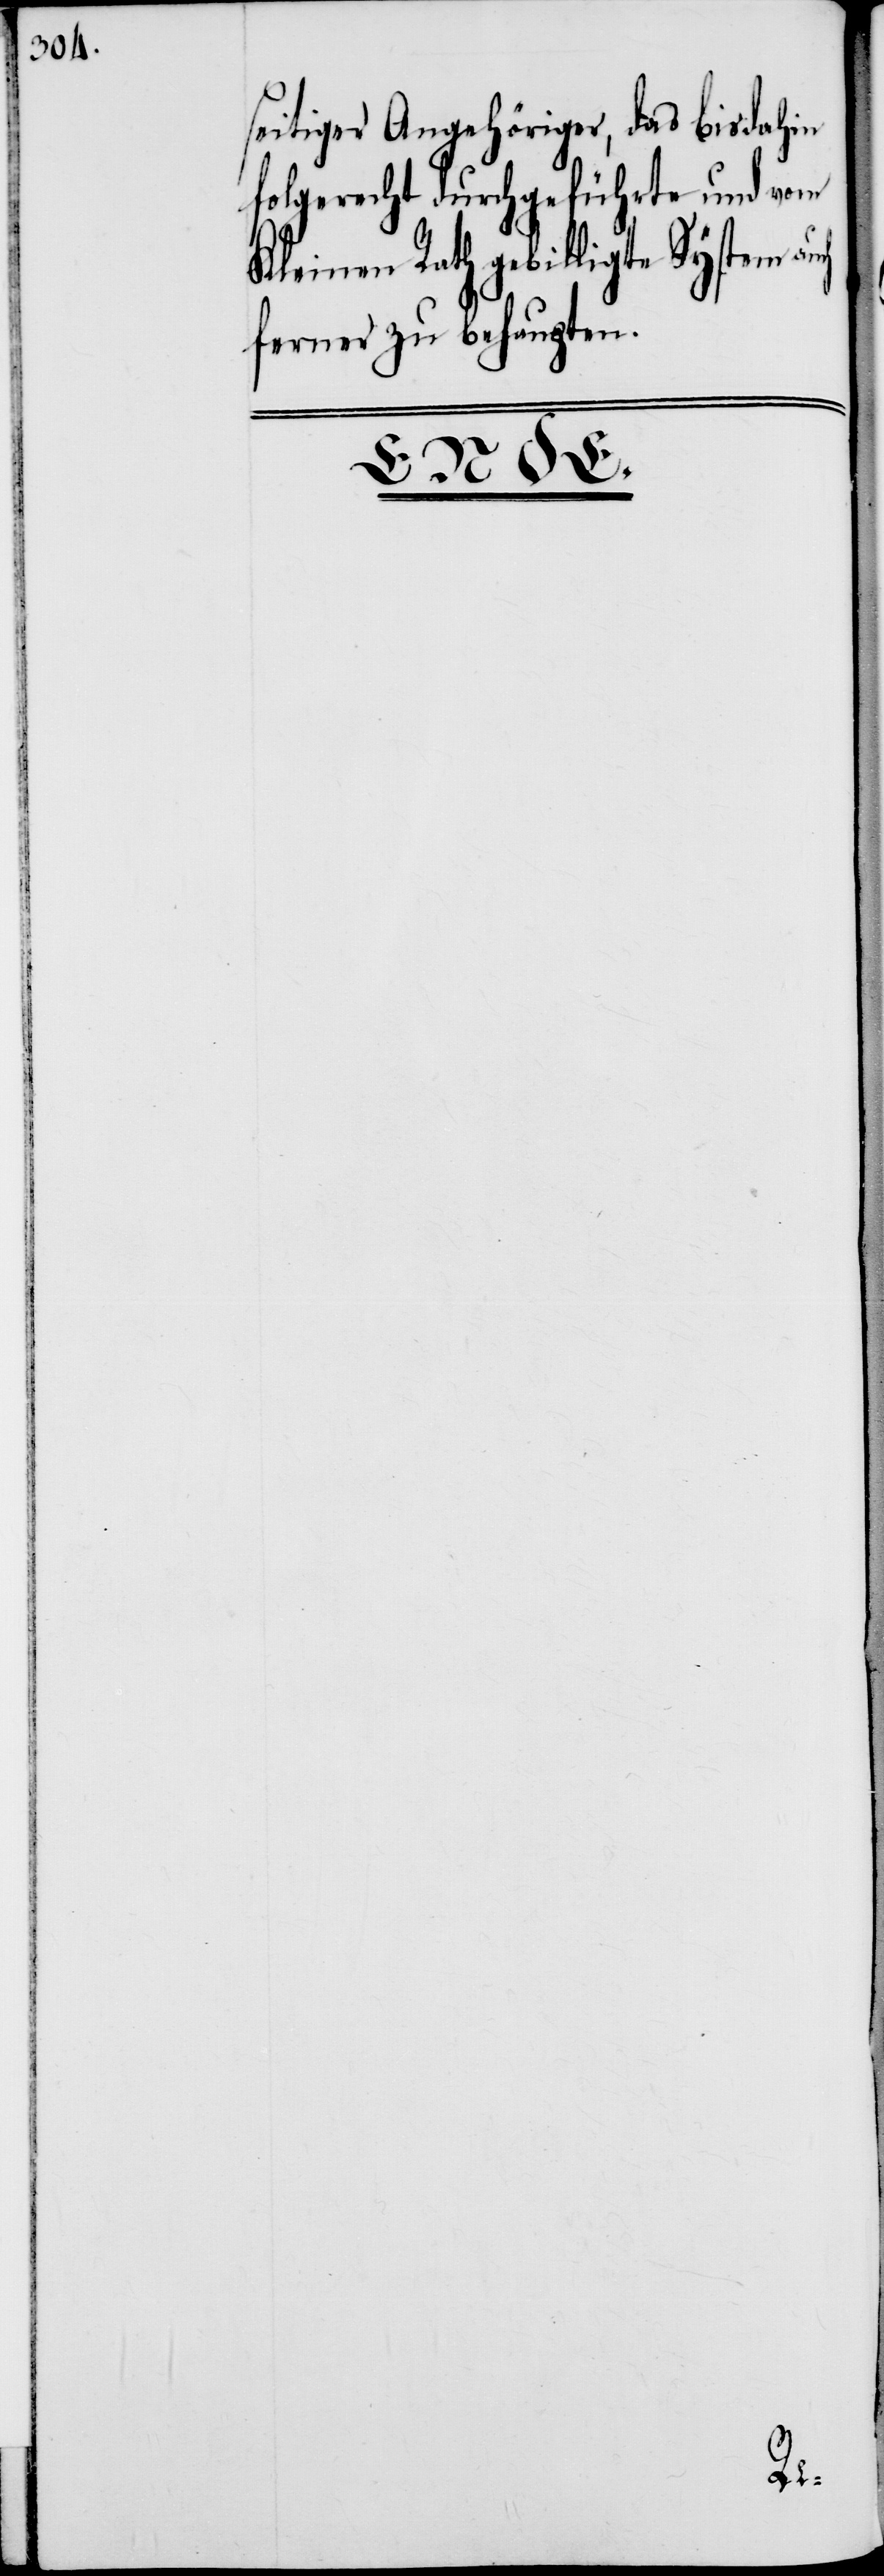
seitiger Angehöriger, das bisdahin
folgerecht durchgeführte und vom
Kleinen Rath gebilligte System auf
ferner zu behaupten.